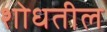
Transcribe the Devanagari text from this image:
शोधतील